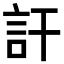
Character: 訐